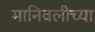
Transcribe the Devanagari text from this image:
मानिवलीच्या